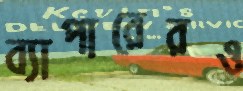
ব্যাপারেরও